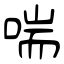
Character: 喘